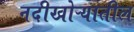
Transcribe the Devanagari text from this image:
नदीखोऱ्यातील